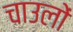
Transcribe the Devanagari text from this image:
चाउलों